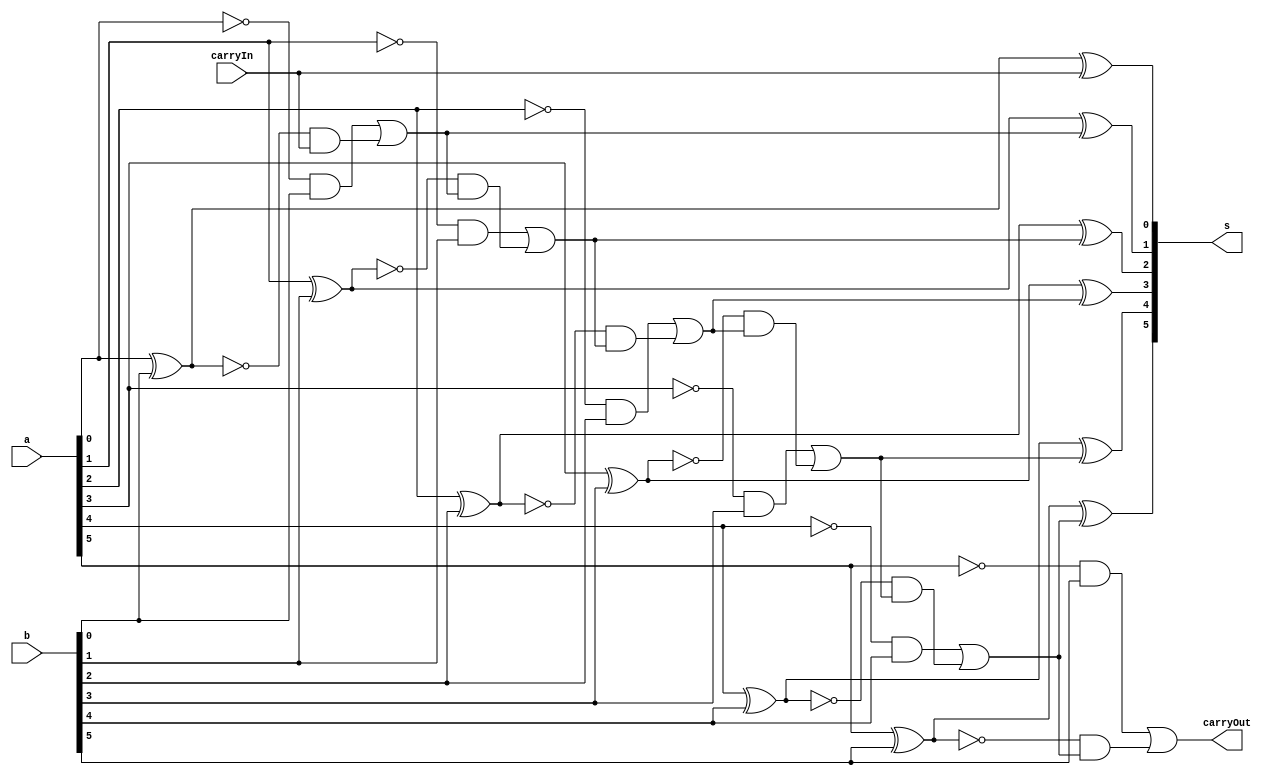
// -------------------------
// Exercicio0042  FULL ADDER (Subtrator)
// Nome: Pedro Henrique Alves M. de Carvalho
// -------------------------

// -------------------------
//  full adder
// -------------------------
module fullAdder (output [5:0] s,
						output carryOut,
						input [5:0] a,
						input [5:0] b,
						input carryIn); 

// descrever por portas
 assign s [0] = ((a[0] ^ b[0]) ^ carryIn);
 wire carry1 = ((~a[0] & b[0]) | (~(a[0] ^ b[0]) & carryIn));
 assign s [1] = ((a[1] ^ b[1]) ^ carry1);
 wire carry2 = ((~a[1] & b[1]) | (~(a[1] ^ b[1]) & carry1));
 assign s [2] = ((a[2] ^ b[2]) ^ carry2);
 wire carry3 = ((~a[2] & b[2]) | (~(a[2] ^ b[2]) & carry2));
 assign s [3] = ((a[3] ^ b[3]) ^ carry3);
 wire carry4 = ((~a[3] & b[3]) | (~(a[3] ^ b[3]) & carry3));
 assign s [4] = ((a[4] ^ b[4]) ^ carry4);
 wire carry5 = ((~a[4] & b[4]) | (~(a[4] ^ b[4]) & carry4));
 assign s [5] = ((a[5] ^ b[5]) ^ carry5);
 assign carryOut = ((~a[5] & b[5]) | (~(a[5] ^ b[5]) & carry5));

endmodule // fullAdder

module test_fullAdder;
// ------------------------- definir dados
		reg [5:0] x;
		reg [5:0] y;
		reg  carryI;
		wire carryO;
		wire [5:0] sub;
		
 fullAdder modulo (sub, carryO, x, y, carryI);

// ------------------------- parte principal
 initial begin
		$display("Exercicio 0042 - Pedro Henrique A. M. de Carvalho - 427452");
		$display("Test AU Subtrator");
		
		x = 5'b00110;		y = 5'b00101;		carryI = 0;

 #1 $display("%5b %5b = (%b)%5b", x, y, carryO, sub);
 #1 $display("%d - %d = (%d)%d", x, y, carryO, sub);

 end

endmodule // test_fullAdder